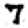
Digit: 7